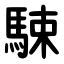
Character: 駷